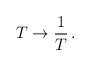
LaTeX: \begin{align*}T \rightarrow {1\over T} \, . \end{align*}